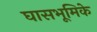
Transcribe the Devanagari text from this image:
घासभूमिके